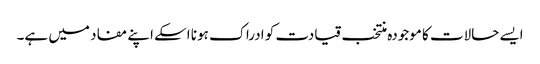
ایسے حالات کا موجودہ منتخب قیادت کو ادراک ہونا اسکے اپنے مفاد میں ہے۔